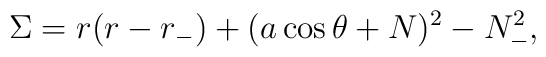
\Sigma=r(r-r_-)+(a\cos\theta+N)^2 -N_-^2,